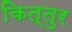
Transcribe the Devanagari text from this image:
कित्तुर